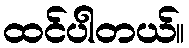
ထင်ပါတယ်။